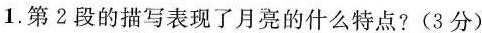
1.第2段的描写表现了月亮的什么特点？（3分）